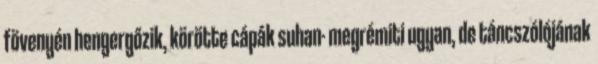
fövenyén hengergőzik, körötte cápák suhan- megrémiti ugyan, de táncszólójának